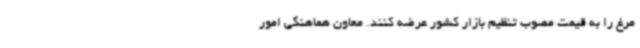
مرغ را به قیمت مصوب تنظیم بازار کشور عرضه کنند. معاون هماهنگی امور